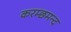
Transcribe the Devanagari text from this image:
करम्छमन्द